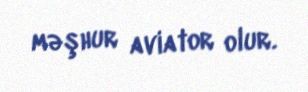
məşhur aviator olur.